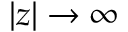
| z | \to \infty